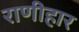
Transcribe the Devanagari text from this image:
राणीहार